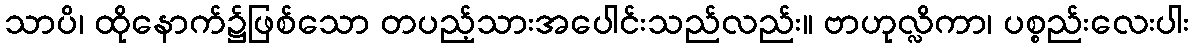
သာပိ၊ ထိုနောက်၌ဖြစ်သော တပည့်သားအပေါင်းသည်လည်း။ ဗာဟုလ္လိကာ၊ ပစ္စည်းလေးပါး